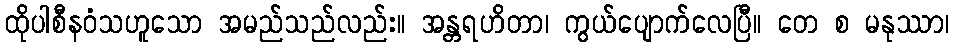
ထိုပါစီနဝံသဟူသော အမည်သည်လည်း။ အန္တရဟိတာ၊ ကွယ်ပျောက်လေပြီ။ တေ စ မနုဿာ၊